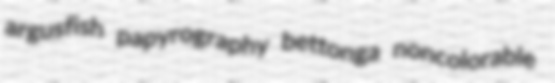
argusfish papyrography bettonga noncolorable